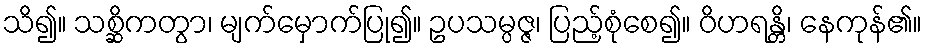
သိ၍။ သစ္ဆိကတွာ၊ မျက်မှောက်ပြု၍။ ဥပသမ္ပဇ္ဇ၊ ပြည့်စုံစေ၍။ ဝိဟရန္တိ၊ နေကုန်၏။